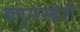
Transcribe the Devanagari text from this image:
ब्लूमस्बेरी